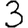
Digit: 3